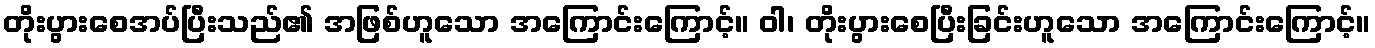
တိုးပွားစေအပ်ပြီးသည်၏ အဖြစ်ဟူသော အကြောင်းကြောင့်။ ဝါ၊ တိုးပွားစေပြီးခြင်းဟူသော အကြောင်းကြောင့်။